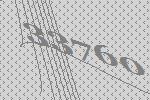
33760